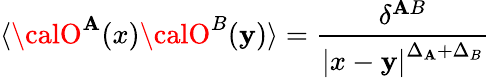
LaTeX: \langle{\calO}^{\mathbf{A}}(x){\calO}^{B}(\mathbf{y})\rangle=\frac{{\delta^{\mathbf{A}B}}}{{\left|x-\mathbf{y}\right|^{\Delta_{\mathbf{A}}+\Delta_{B}}}}